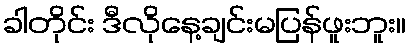
ခါတိုင်း ဒီလိုနေ့ချင်းမပြန်ဖူးဘူး။